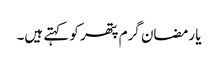
یا رمضان گرم پتھر کو کہتے ہیں۔